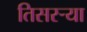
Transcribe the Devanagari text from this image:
तिसरऱ्या